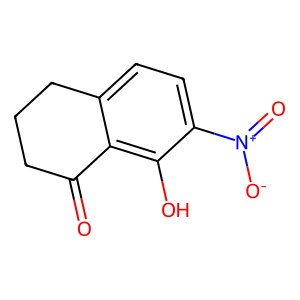
SMILES: O=C1CCCc2ccc([N+](=O)[O-])c(O)c21
Inhibits HIV replication: No